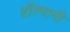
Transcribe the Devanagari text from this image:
हाॅरमानी